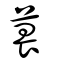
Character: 葨